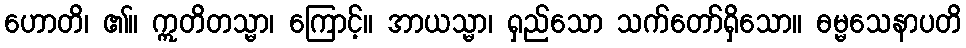
ဟောတိ၊ ၏။ ဣတိတသ္မာ၊ ကြောင့်။ အာယသ္မာ၊ ရှည်သော သက်တော်ရှိသော။ ဓမ္မသေနာပတိ